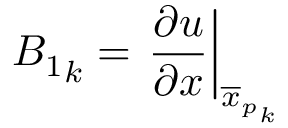
{ B _ { 1 } } _ { k } = \left. \frac { \partial u } { \partial x } \right| _ { { \overline { { x } } _ { p } } _ { k } }